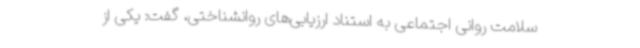
سلامت روانی اجتماعی به استناد ارزیابی‌های روانشناختی، گفت: یکی از